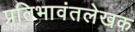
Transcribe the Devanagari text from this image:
प्रतिभावंतलेखक